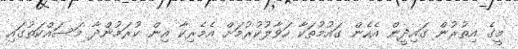
މީގެ އިތުރުން ގައިދީން އެހެން ގައުމުތަކާ ހަވާލުކުރުމަށް އެމެރިކާ އިން ކުރަމުންދާ މަސައްކަތުގައި